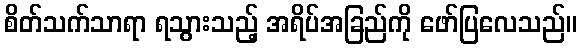
စိတ်သက်သာရာ ရသွားသည့် အရိပ်အခြည်ကို ဖော်ပြလေသည်။